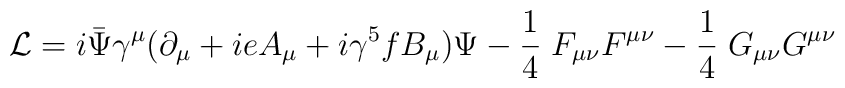
{\cal L} = i \bar{\Psi} \gamma^\mu(\partial_\mu + ie A_\mu + i\gamma^5 fB_\mu)\Psi - {1 \over 4} \; F_{\mu \nu} F^{\mu \nu}  - {1 \over 4} \; G_{\mu \nu} G^{\mu \nu}